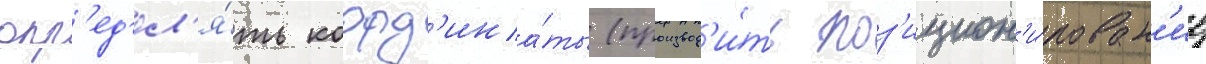
опр'ед'ел'я́ть коорд'ина́ты (производ'и́ть поз'ицион'и́рован'ие